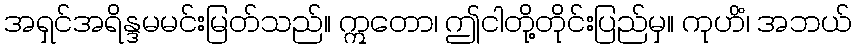
အရှင်အရိန္ဒမမင်းမြတ်သည်။ ဣတော၊ ဤငါတို့တိုင်းပြည်မှ။ ကုဟိံ၊ အဘယ်